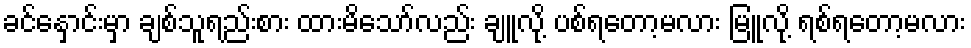
ခင်နှောင်းမှာ ချစ်သူရည်းစား ထားမိသော်လည်း ချူလို့ ပစ်ရတော့မလား မြူလို့ ရစ်ရတော့မလား